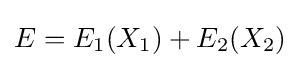
E=E_{1}(X_{1})+E_{2}(X_{2})